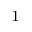
^ 1